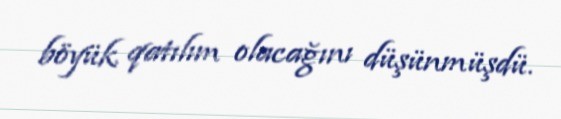
böyük qatılım olacağını düşünmüşdü.